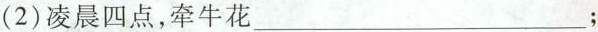
(2)凌晨四点，牵牛花___；